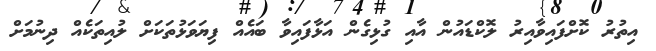
އިތުރު ކޮށްފައިވާއިރު ލޮކްޑައުން އާއި ގުޅިގެން އަޅާފައިވާ ބައެއް ފިޔަވަޅުތަކަށް ލުއިތަކެއް ދިނުމަށް